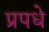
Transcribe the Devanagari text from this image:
प्रपधे